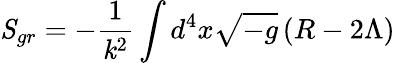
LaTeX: {\mathit S}_{gr}=-\frac{1}{{\mathit k}^{2}}\int d^{4}x\sqrt{-g}\left(R-2\Lambda\right)